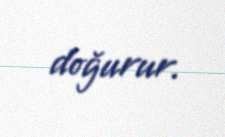
doğurur.